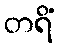
တရိံ